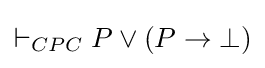
\vdash _{CPC}P\lor (P\to \bot )